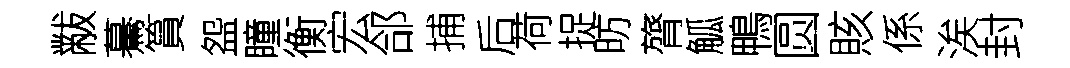
黻驀篔盌瞳衡宏郃捕后荷捉昉膂觚鴨圆賅係涘封